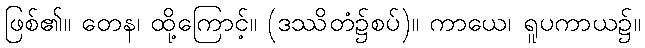
ဖြစ်၏။ တေန၊ ထို့ကြောင့်။ (ဒဿိတံ၌စပ်)။ ကာယေ၊ ရူပကာယ၌။